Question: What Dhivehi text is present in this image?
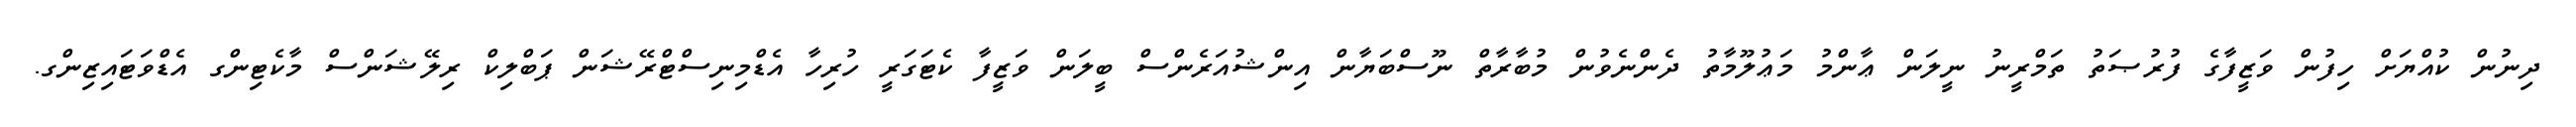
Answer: ދިނުން ކުއްޔަށް ހިފުން ވަޒީފާގެ ފުރުޞަތު ތަމްރީނު ނީލަން ޢާންމު މަޢުލޫމާތު ދެންނެވުން މުބާރާތް ނޫސްބަޔާން އިންޝުއަރެންސް ބީލަން ވަޒީފާ ކެޓަގަރީ ހުރިހާ އެޑްމިނިސްޓްރޭޝަން ޕަބްލިކް ރިލޭޝަންސް މާކެޓިންގ އެޑްވަޓައިޒިންގ.